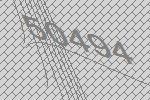
50494